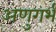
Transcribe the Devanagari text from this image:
अणुगर्भ